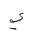
Letter: _ya